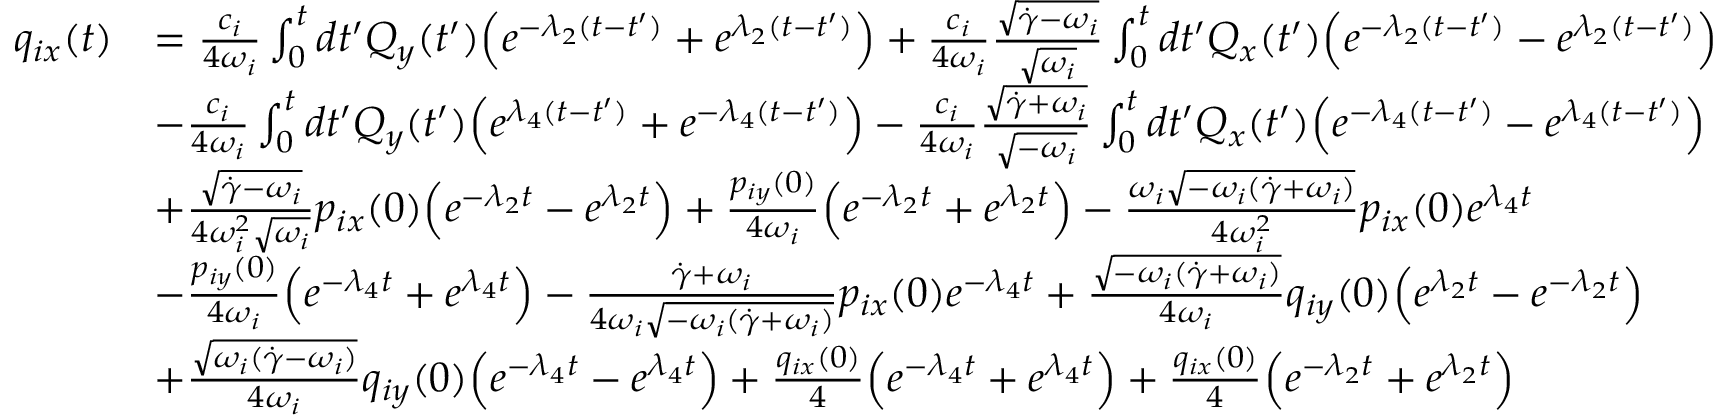
\begin{array} { r l } { q _ { i x } ( t ) } & { = \frac { c _ { i } } { 4 \omega _ { i } } \int _ { 0 } ^ { t } d t ^ { \prime } Q _ { y } ( t ^ { \prime } ) \Bigl ( e ^ { - \lambda _ { 2 } ( t - t ^ { \prime } ) } + e ^ { \lambda _ { 2 } ( t - t ^ { \prime } ) } \Bigr ) + \frac { c _ { i } } { 4 \omega _ { i } } \frac { \sqrt { \dot { \gamma } - \omega _ { i } } } { \sqrt { \omega _ { i } } } \int _ { 0 } ^ { t } d t ^ { \prime } Q _ { x } ( t ^ { \prime } ) \Bigl ( e ^ { - \lambda _ { 2 } ( t - t ^ { \prime } ) } - e ^ { \lambda _ { 2 } ( t - t ^ { \prime } ) } \Bigr ) } \\ & { - \frac { c _ { i } } { 4 \omega _ { i } } \int _ { 0 } ^ { t } d t ^ { \prime } Q _ { y } ( t ^ { \prime } ) \Bigl ( e ^ { \lambda _ { 4 } ( t - t ^ { \prime } ) } + e ^ { - \lambda _ { 4 } ( t - t ^ { \prime } ) } \Bigr ) - \frac { c _ { i } } { 4 \omega _ { i } } \frac { \sqrt { \dot { \gamma } + \omega _ { i } } } { \sqrt { - \omega _ { i } } } \int _ { 0 } ^ { t } d t ^ { \prime } Q _ { x } ( t ^ { \prime } ) \Bigl ( e ^ { - \lambda _ { 4 } ( t - t ^ { \prime } ) } - e ^ { \lambda _ { 4 } ( t - t ^ { \prime } ) } \Bigr ) } \\ & { + \frac { \sqrt { \dot { \gamma } - \omega _ { i } } } { 4 \omega _ { i } ^ { 2 } \sqrt { \omega _ { i } } } p _ { i x } ( 0 ) \Bigl ( e ^ { - \lambda _ { 2 } t } - e ^ { \lambda _ { 2 } t } \Bigr ) + \frac { p _ { i y } ( 0 ) } { 4 \omega _ { i } } \Bigl ( e ^ { - \lambda _ { 2 } t } + e ^ { \lambda _ { 2 } t } \Bigr ) - \frac { \omega _ { i } \sqrt { - \omega _ { i } ( \dot { \gamma } + \omega _ { i } ) } } { 4 \omega _ { i } ^ { 2 } } p _ { i x } ( 0 ) e ^ { \lambda _ { 4 } t } } \\ & { - \frac { p _ { i y } ( 0 ) } { 4 \omega _ { i } } \Bigl ( e ^ { - \lambda _ { 4 } t } + e ^ { \lambda _ { 4 } t } \Bigr ) - \frac { \dot { \gamma } + \omega _ { i } } { 4 \omega _ { i } \sqrt { - \omega _ { i } ( \dot { \gamma } + \omega _ { i } ) } } p _ { i x } ( 0 ) e ^ { - \lambda _ { 4 } t } + \frac { \sqrt { - \omega _ { i } ( \dot { \gamma } + \omega _ { i } ) } } { 4 \omega _ { i } } q _ { i y } ( 0 ) \Bigl ( e ^ { \lambda _ { 2 } t } - e ^ { - \lambda _ { 2 } t } \Bigr ) } \\ & { + \frac { \sqrt { \omega _ { i } ( \dot { \gamma } - \omega _ { i } ) } } { 4 \omega _ { i } } q _ { i y } ( 0 ) \Bigl ( e ^ { - \lambda _ { 4 } t } - e ^ { \lambda _ { 4 } t } \Bigr ) + \frac { q _ { i x } ( 0 ) } { 4 } \Bigl ( e ^ { - \lambda _ { 4 } t } + e ^ { \lambda _ { 4 } t } \Bigr ) + \frac { q _ { i x } ( 0 ) } { 4 } \Bigl ( e ^ { - \lambda _ { 2 } t } + e ^ { \lambda _ { 2 } t } \Bigr ) } \end{array}